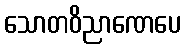
သောတဝိညာဏေပေ